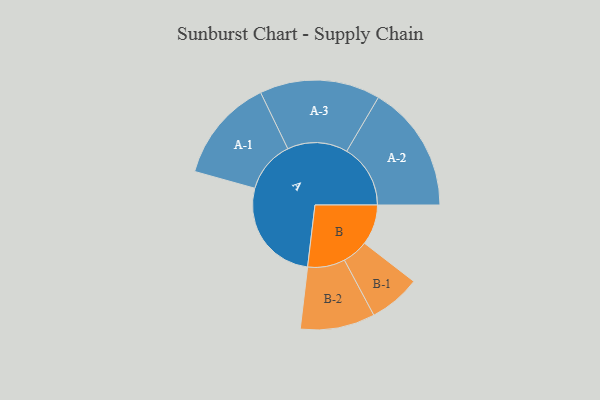
{"axis": {"x": "Segment", "y": "Value"}, "legend": ["", "A", "B"], "data": [{"x": "A", "y": 498, "type": ""}, {"x": "B", "y": 190, "type": ""}, {"x": "A-1", "y": 245, "type": "A"}, {"x": "A-2", "y": 300, "type": "A"}, {"x": "A-3", "y": 284, "type": "A"}, {"x": "B-1", "y": 122, "type": "B"}, {"x": "B-2", "y": 176, "type": "B"}]}